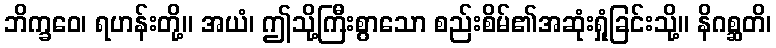
ဘိက္ခဝေ၊ ရဟန်းတို့။ အယံ၊ ဤသို့ကြီးစွာသော စည်းစိမ်၏အဆုံးရှုံခြင်းသို့။ နိဂစ္ဆတိ၊